65_HS1-834228961_62-HQ-83894_Section_5
Agency: FBI
Page 93
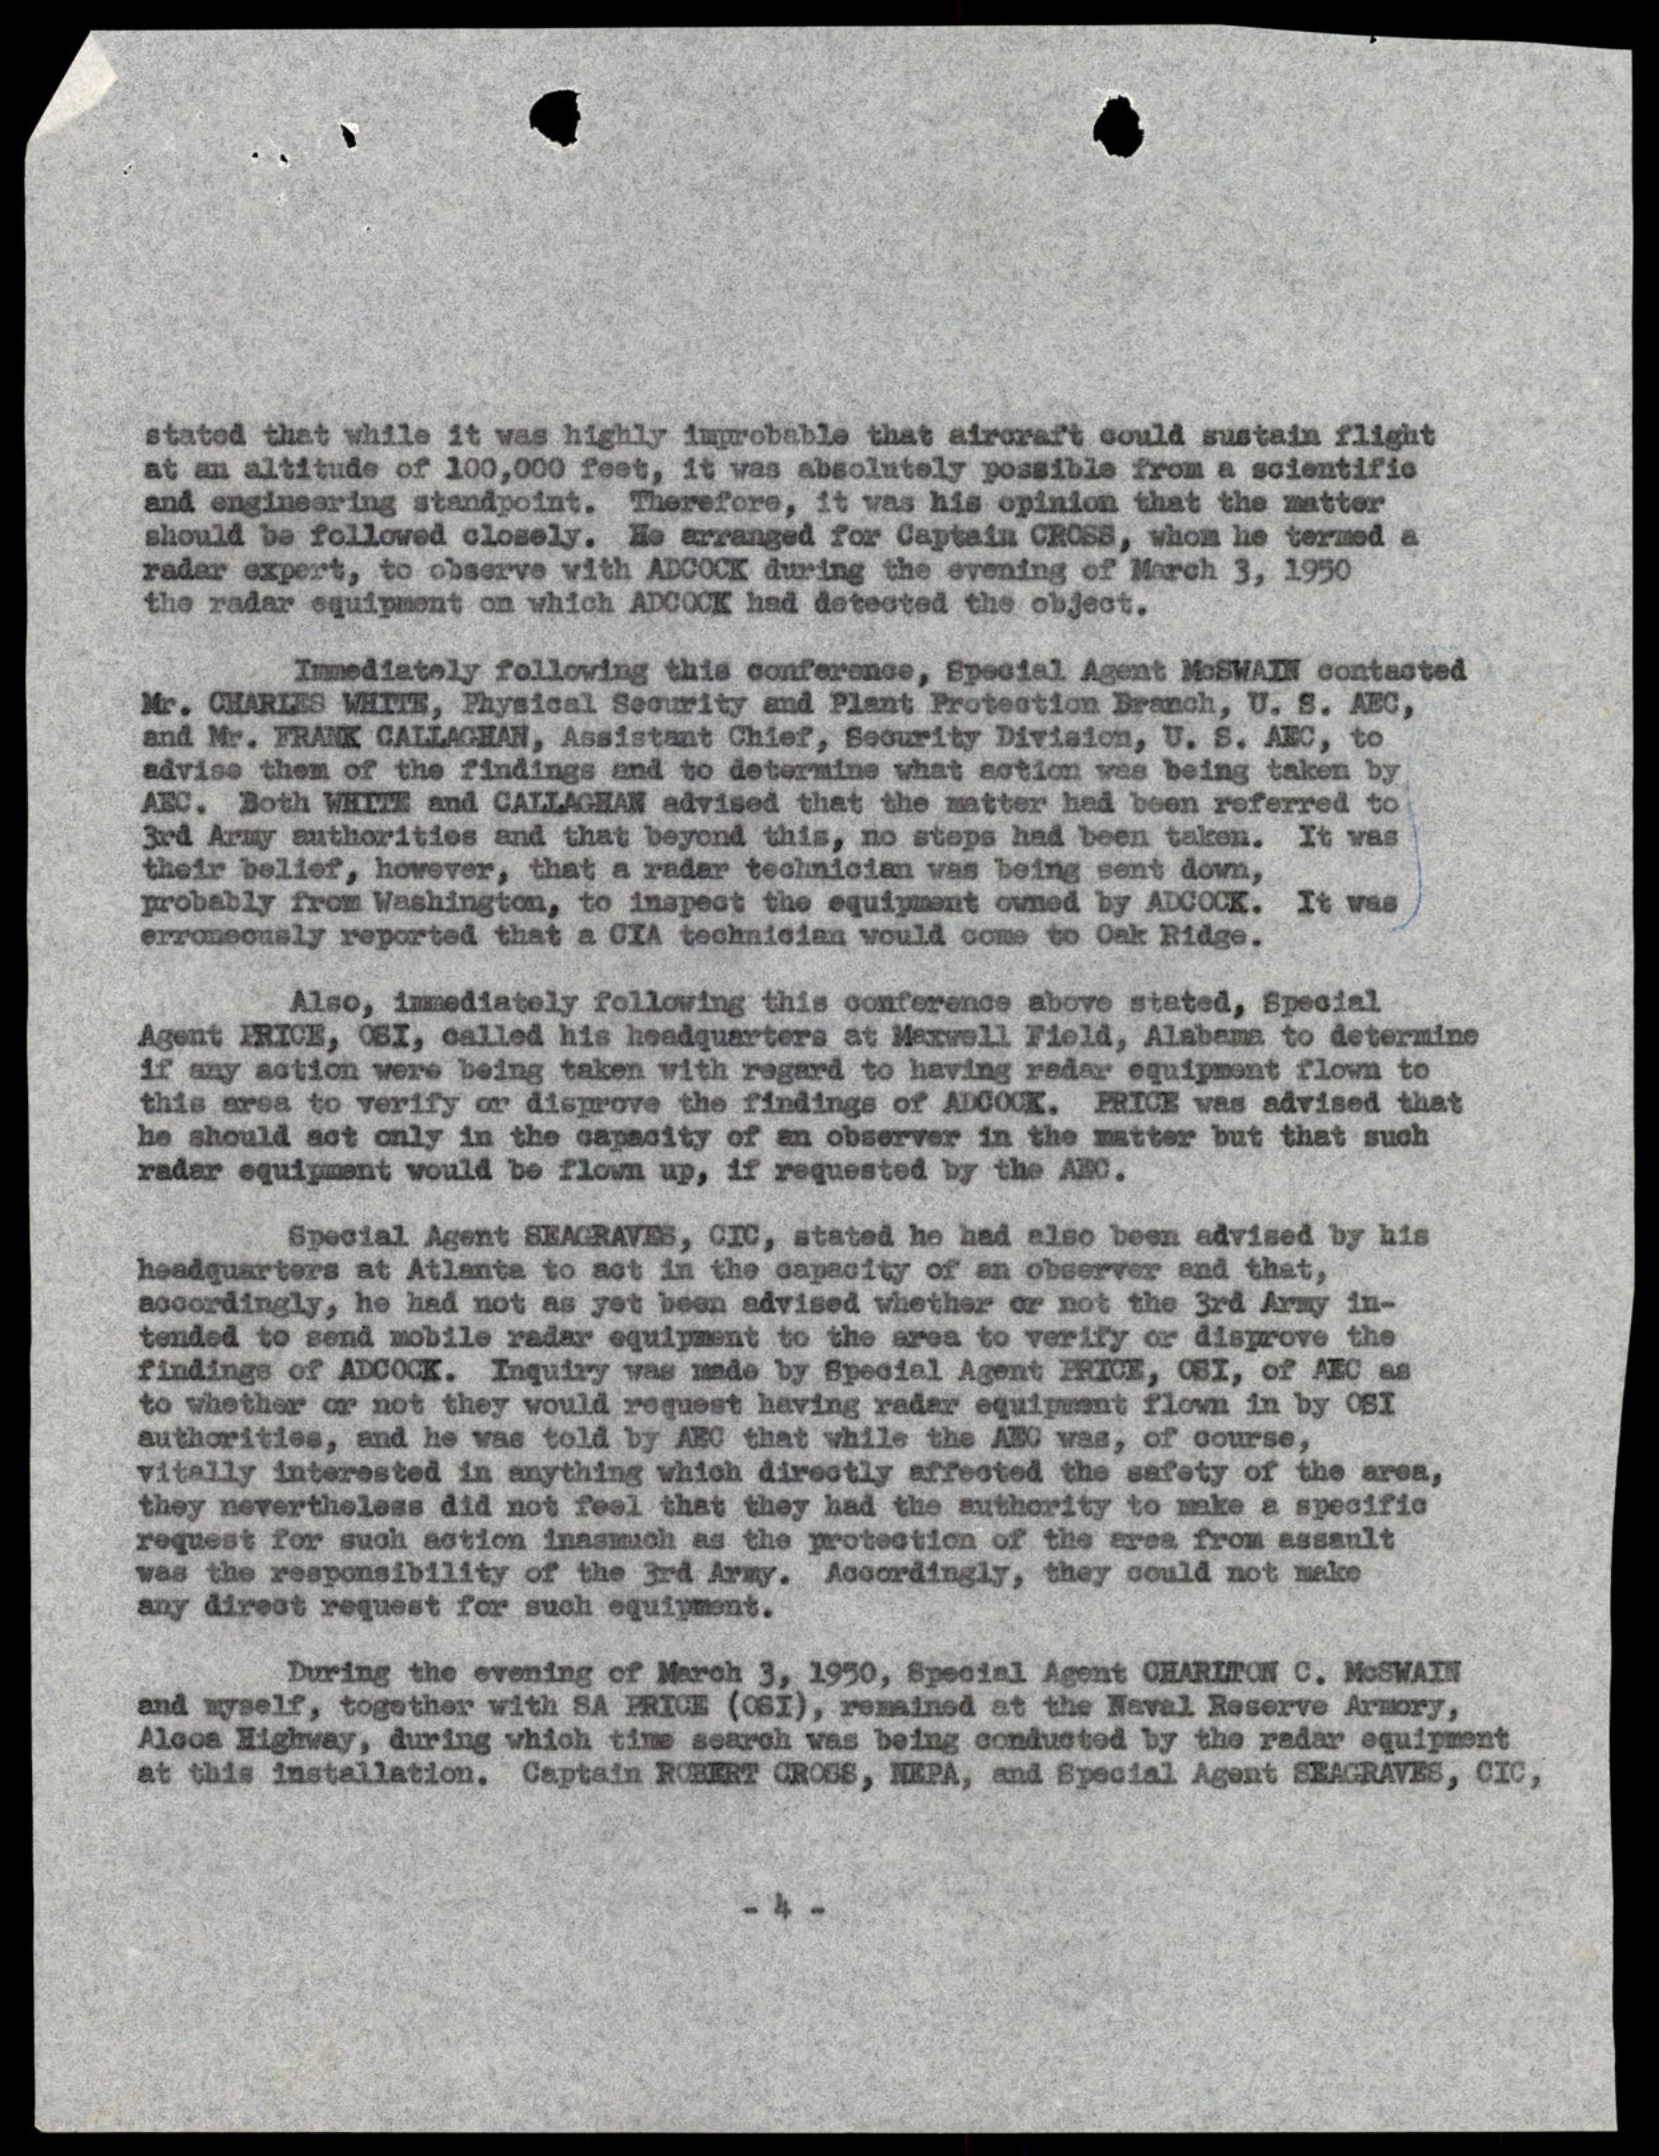